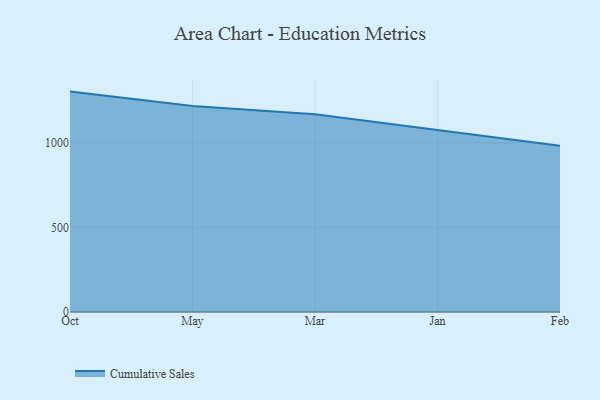
{"axis": {"x": "Month", "y": "Page Views"}, "legend": ["Cumulative Sales"], "data": [{"x": "Oct", "y": 1302.4, "type": "Cumulative Sales"}, {"x": "May", "y": 1217.5, "type": "Cumulative Sales"}, {"x": "Mar", "y": 1167.9, "type": "Cumulative Sales"}, {"x": "Jan", "y": 1075.4, "type": "Cumulative Sales"}, {"x": "Feb", "y": 982.6, "type": "Cumulative Sales"}]}